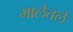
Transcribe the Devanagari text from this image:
मालेतले